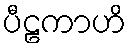
ပီဠကာဟိ